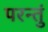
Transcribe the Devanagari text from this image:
परन्तुं